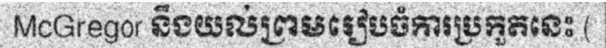
McGregor នឹងយល់ព្រមរៀបចំការប្រកួតនេះ (